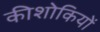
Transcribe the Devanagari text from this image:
कीशोकियों